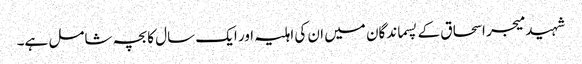
شہید میجر اسحاق کے پسماندگان میں ان کی اہلیہ اور ایک سال کا بچہ شامل ہے۔